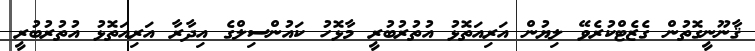
ޤާނޫނީގޮތުން ގެޒެޓްކުރެވޭ ލިޔުން އަރިއަތޮޅު އުތުރުބުރީ މާޅޮހު ކައުންސިލްގެ އިދާރާ އަރިއަތޮޅު އުތުރުބުރީ